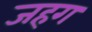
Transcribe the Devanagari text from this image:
जहग